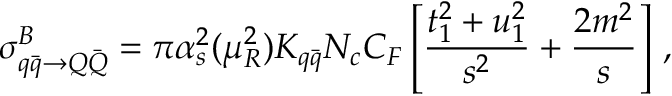
\sigma _ { q { \bar { q } } \rightarrow Q { \bar { Q } } } ^ { B } = \pi \alpha _ { s } ^ { 2 } ( \mu _ { R } ^ { 2 } ) K _ { q \bar { q } } N _ { c } C _ { F } \left[ \frac { t _ { 1 } ^ { 2 } + u _ { 1 } ^ { 2 } } { s ^ { 2 } } + \frac { 2 m ^ { 2 } } { s } \right] \, ,